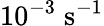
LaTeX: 10^{-3}\; \mathrm{s}^{-1}